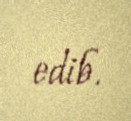
edib.